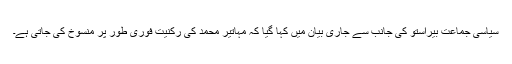
سیاسی جماعت بیراستو کی جانب سے جاری بیان میں کہا گیا کہ مہاتیر محمد کی رکنیت فوری طور پر منسوخ کی جاتی ہے۔